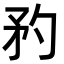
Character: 䂆